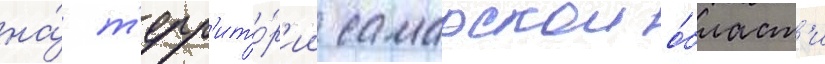
на́ т'ерр'ито́р'ии самарскои о́бласт'и